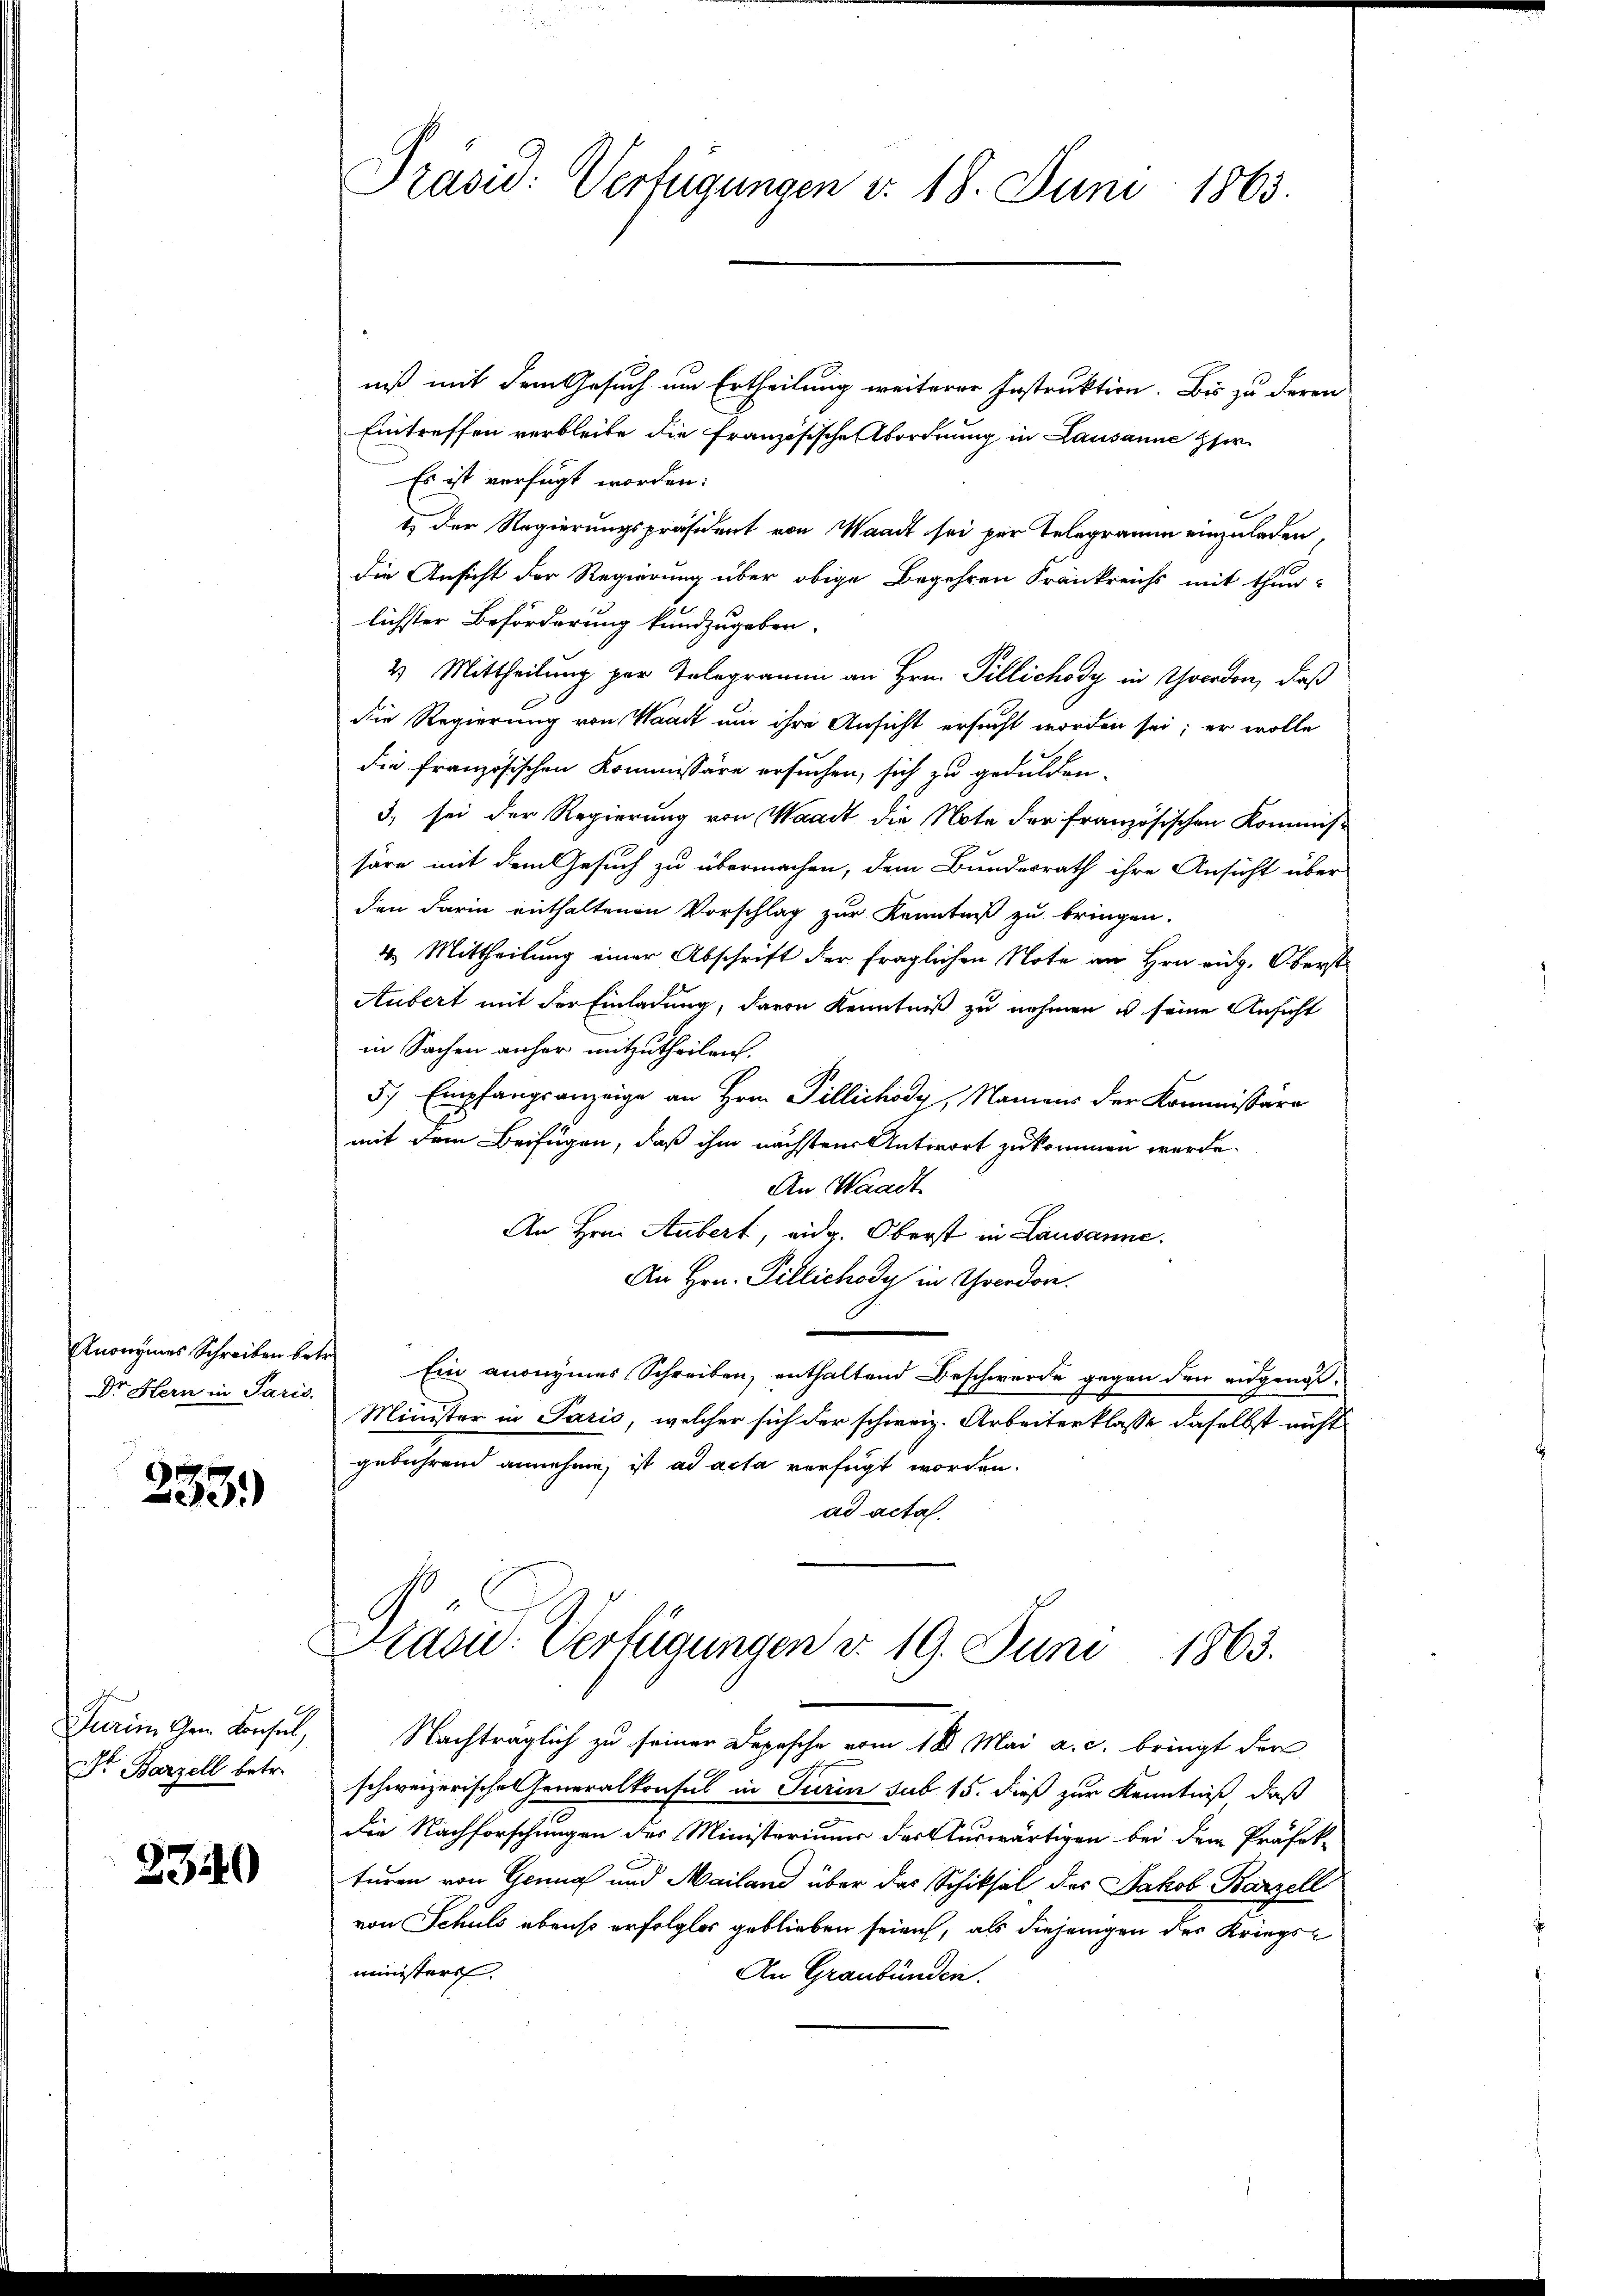
Dr Hern in Paris.

233.

Dr Barzell betr.

3340

niß mit dem Gesuch um Ertheilung weiterer Instruktion. Bis zu deren
Eintreffen verbleibe die Französische Abordnung in Lausanne Her
Es ist verfügt worden:
1.) Der Regierungspräsident von Waadt sei per Telegramm einzuladen,
die Ansicht der Regierung über obige Begehren Krankreichs mit thun-
lichster Beförderung kundzugeben.
2. Mittheilung per Telegramm an Hrn. Pillichody in Yverdon, daß
die Regierung von Waadt um ihre Ansicht ersucht worden sei; er wolle
die französischen Kommissäre ersuchen, sich zu gedulden.
3, sei der Regierung von Waadt die Note der französischen Kommiss
häre mit dem Gesuch zu übermachen, dem Bundesrath ihre Ansicht über
den darin enthaltenen Vorschlag zur Kenntniß zu bringen.
2. Mittheilung einer Abschrift der fraglichen Note an Hrn eidg. Oberst
Aubert mit der Einladung, davon Kenntniß zu nehmen ist seine Ansicht
in Sachen anher mitzutheilen.
5. Empfangsanzeige an Hrn. Pillichody, Namens der Kommissäre
mit dem Beifügen, daß ihm nächsten Antwort zukommen werde.
An Waadt
An Hrn. Aubert, eidg. Oberst in Lausanne.
An Hrn. Pillichody in Yverdon.
Anonymes Schreiben betr. Ein anonymes Schreiben, enthaltend Beschwerde gegen den eidgenös¬
Minister in Paris, welcher sich der schweiz. Arbeiterklasse daselbst nicht
gebührend annehme, ist ad acta verfügt worden.
ad acta.
Prasi: Verfügungen d. 19. Juni 1863.
Purin dem Konsul, Nachträglich zu seiner Depesche vom 18. Mai a. c. bringt der
schweizerische Generalkonsul in Turin sub 15. dieß zur Kenntniß, daß
die Nachforschungen des Ministeriums der Auswärtigen bei dem Präfek-
turen von Grung und Mailand über das Schiksal des Jakob Barzell
von Schuld ebenso erfolglos geblieben seien, als diejenigen des Kriegsministers.
An Graubünden.

Präsid. Verfügungen v. 18. Juni 1863.